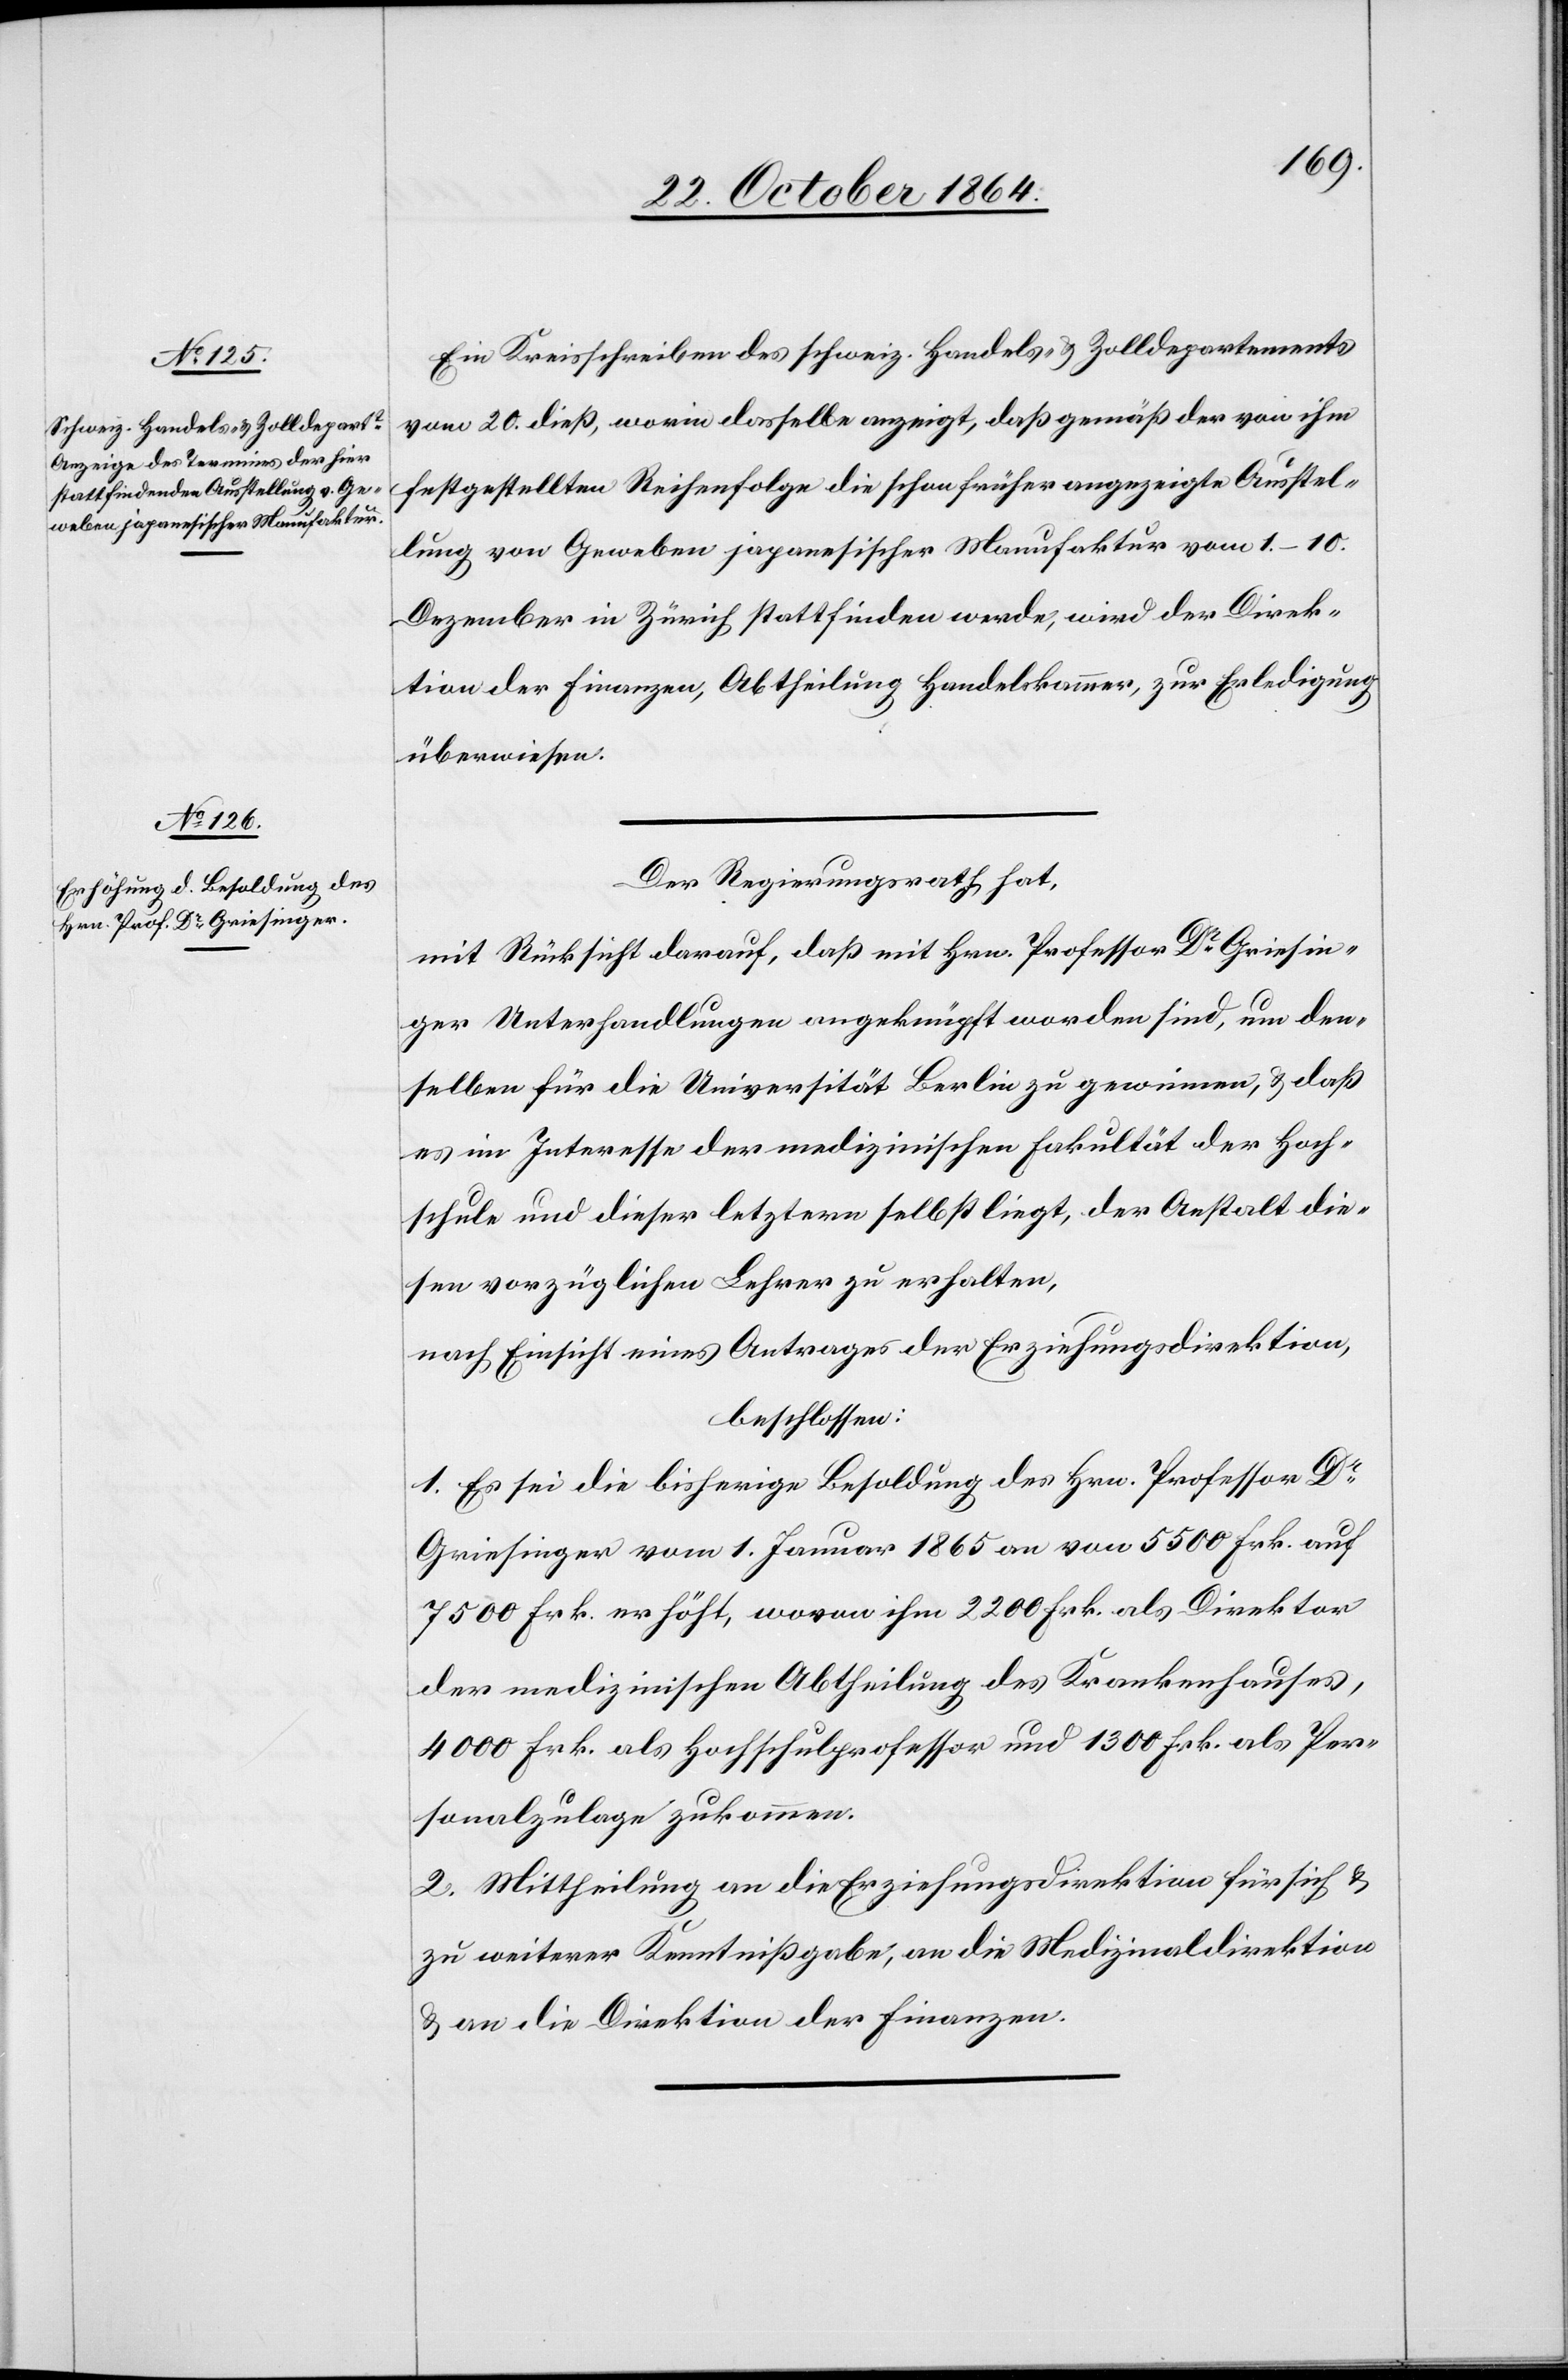
Ein Kreisschreiben des schweiz. Handels & Zolldepartements
vom 20. dieß, worin dasselbe anzeigt, daß gemäß der von ihm
festgestellten Reihenfolge die schon früher angezeigte Ausstel¬
lung von Geweben japanesischer Manufaktur vom 1.–10.
Dezember in Zürich stattfinden werde, wird der Direk¬
tion der Finanzen, Abtheilung Handelskammer, zur Erledigung
überwiesen.
Der Regierungsrath hat,
mit Rücksicht darauf, daß mit Hrn. Professor Dr Griesin¬
ger Unterhandlungen angeknüpft worden sind, um den¬
selben für die Universität Berlin zu gewinnen, & daß
es im Interesse der medizinischen Fakultät der Hoch¬
schule und dieser letztern selbst liegt, der Anstalt die¬
sen vorzüglichen Lehrer zu erhalten,
nach Einsicht eines Antrages der Erziehungsdirektion,
beschlossen:
1. Es sei die bisherige Besoldung des Hrn. Professor Dr
Griesinger vom 1. Januar 1865 an von 5500 Frk. auf
7500 Frk. erhöht, wovon ihm 2200 Frk. als Direktor
der medizinischen Abtheilung des Krankenhauses,
4000 Frk. als Hochschulprofessor und 1300 Frk. als Per¬
sonalzulage zukommen.
2. Mittheilung an die Erziehungsdirektion für sich &
zu weiterer Kenntnißgabe, an die Medizinaldirektion
& an die Direktion der Finanzen.